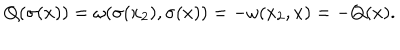
Q ( \sigma ( x ) ) = \omega ( \sigma ( x _ { 2 } ) , \sigma ( x ) ) = - \omega ( x _ { 2 } , x ) = - Q ( x ) .